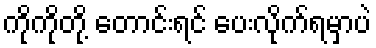
ကိုကိုတို့ တောင်းရင် ပေးလိုက်ရမှာပဲ